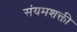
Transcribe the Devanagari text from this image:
संयमशक्ती